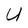
Character: U